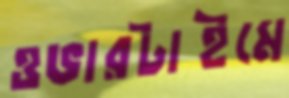
ওভারটাইমে